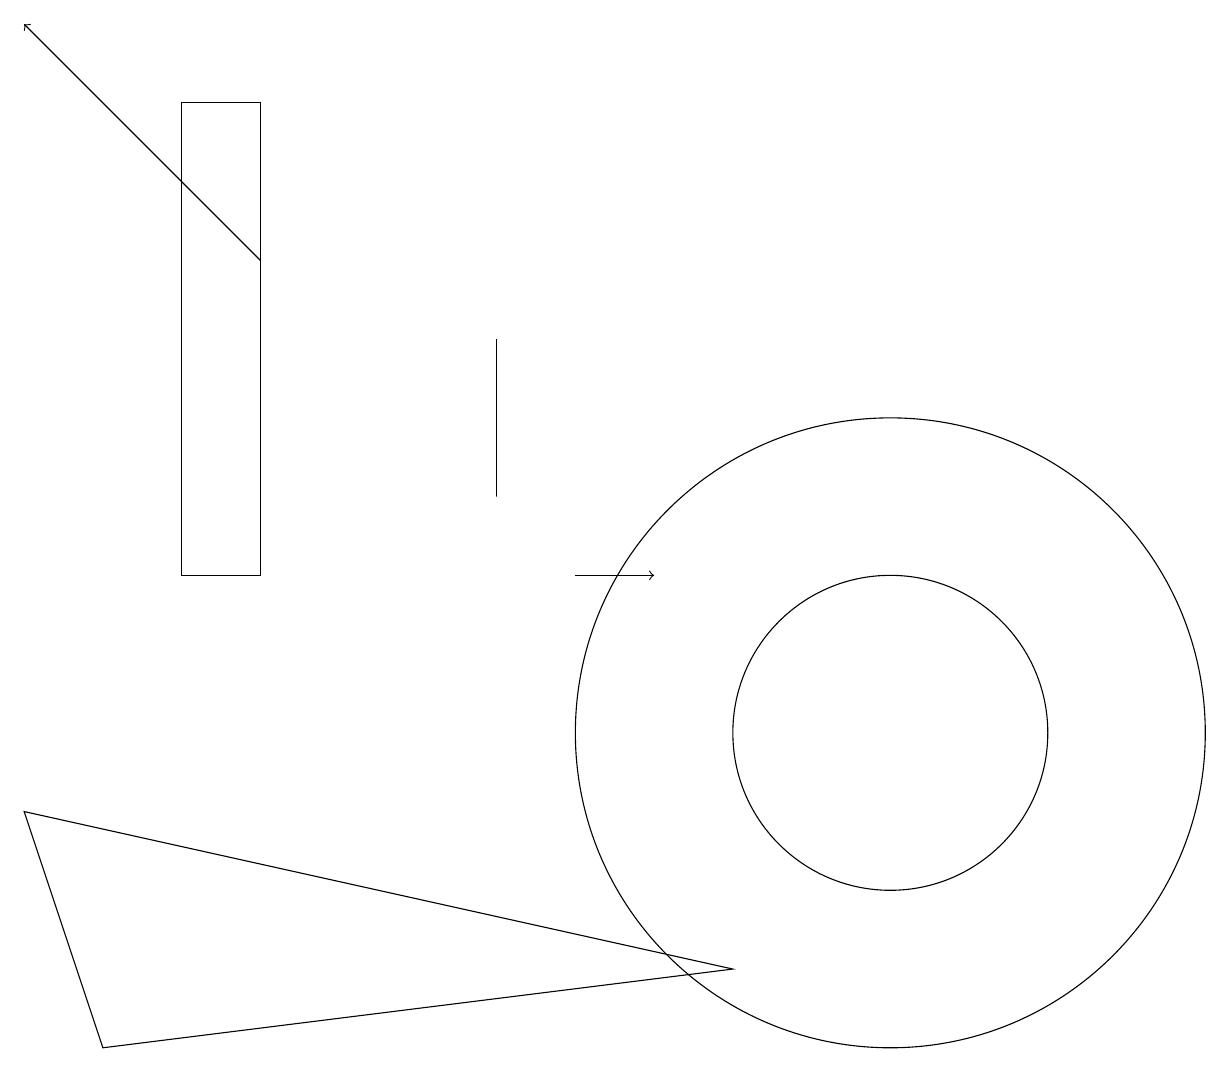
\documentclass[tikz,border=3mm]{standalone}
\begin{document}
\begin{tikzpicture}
\draw (2,18) rectangle (3,12);
\draw (11,10) circle (4);
\draw (6,15) rectangle (6,13);
\draw[->] (7,12) -- (8,12);
\draw (0,9) -- (9,7) -- (1,6) -- cycle;
\draw (2,16) rectangle (2,17);
\draw (11,10) circle (2);
\draw[->] (3,16) -- (0,19);
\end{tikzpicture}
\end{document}